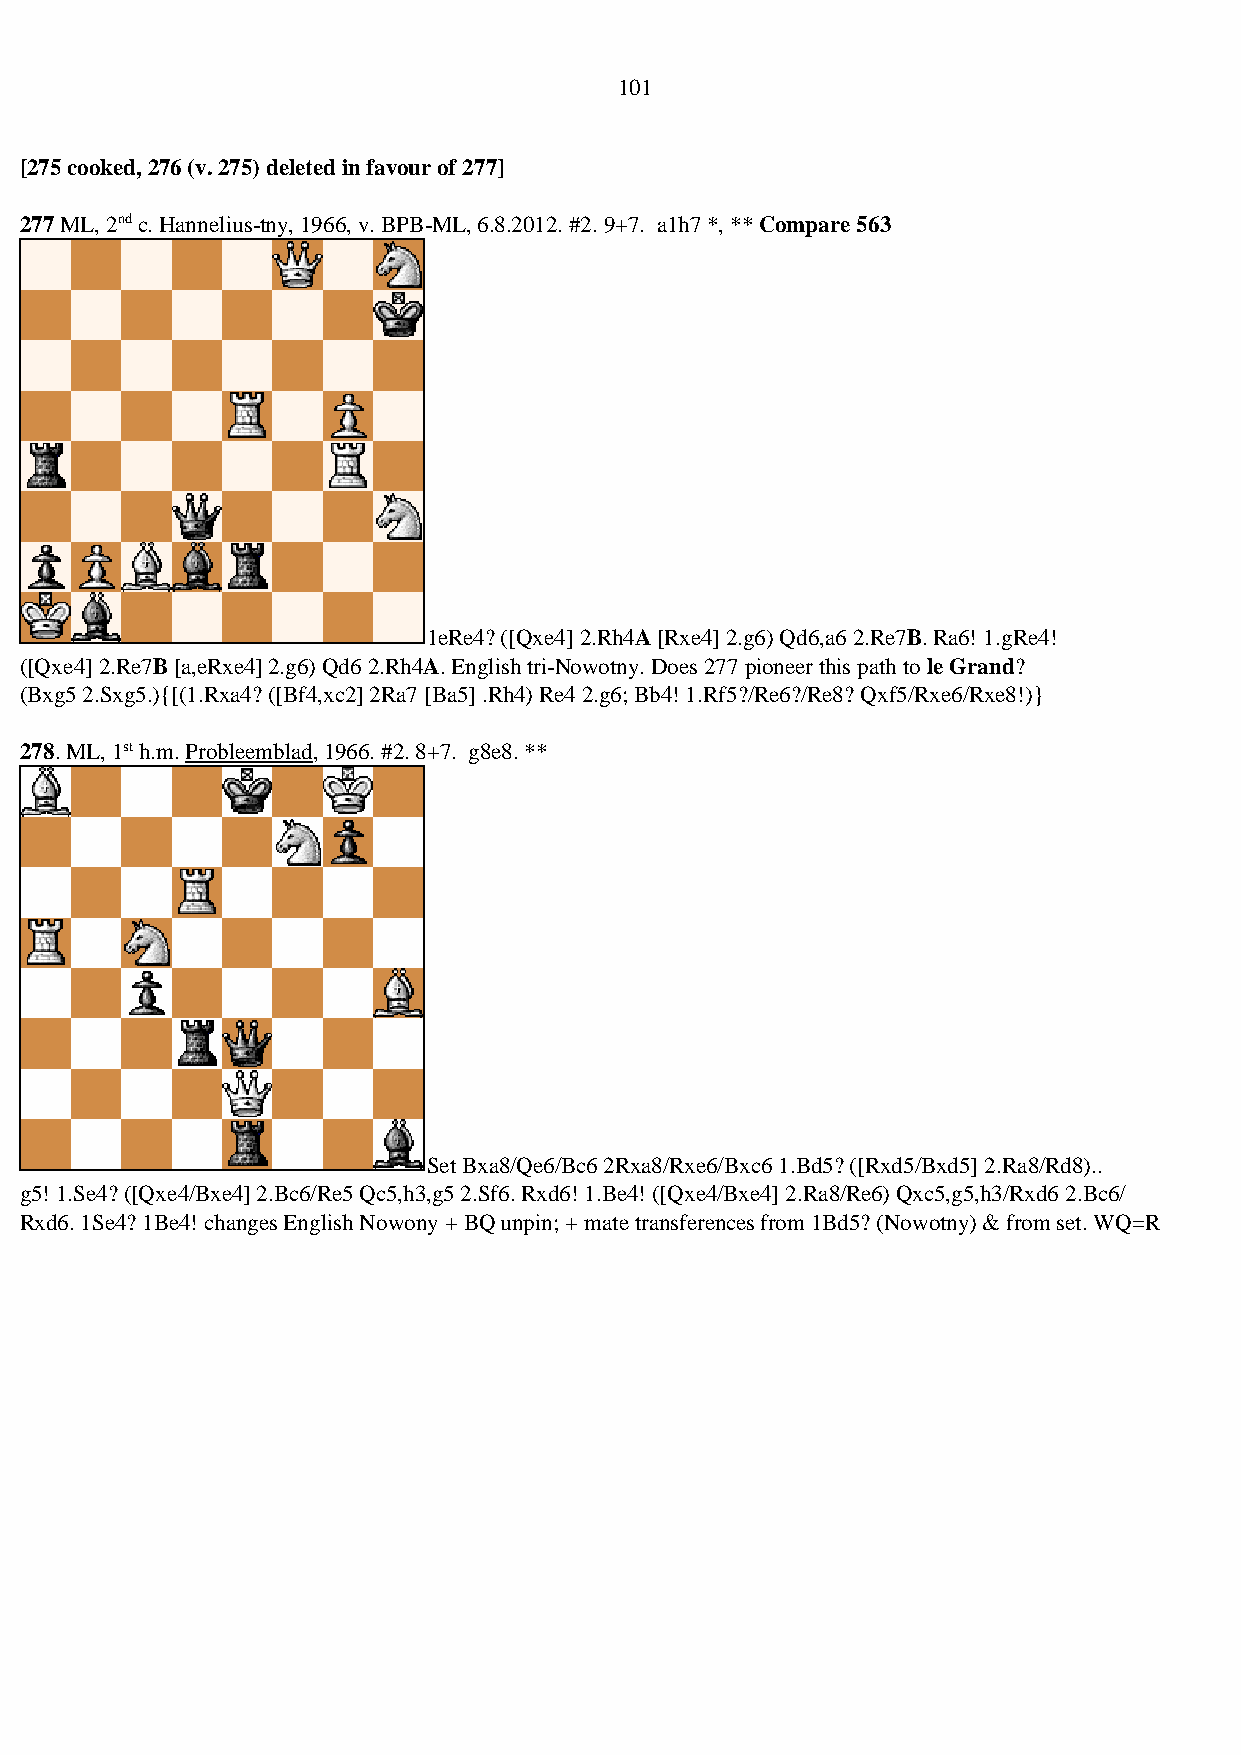
101
 [275 cooked, 276 (v. 275) deleted in favour of 277]
 277 ML, 2nd c. Hannelius-tny, 1966, v. BPB-ML, 6.8.2012. #2. 9+7. a1h7 *, ** Compare 563
 1eRe4? ([Qxe4] 2.Rh4A [Rxe4] 2.g6) Qd6,a6 2.Re7B. Ra6! 1.gRe4!
 ([Qxe4] 2.Re7B [a,eRxe4] 2.g6) Qd6 2.Rh4A. English tri-Nowotny. Does 277 pioneer this path to le Grand?
 (Bxg5 2.Sxg5.){[(1.Rxa4? ([Bf4,xc2] 2Ra7 [Ba5] .Rh4) Re4 2.g6; Bb4! 1.Rf5?/Re6?/Re8? Qxf5/Rxe6/Rxe8!)}
 278. ML, 1st h.m. Probleemblad, 1966. #2. 8+7. g8e8. **
 Set Bxa8/Qe6/Bc6 2Rxa8/Rxe6/Bxc6 1.Bd5? ([Rxd5/Bxd5] 2.Ra8/Rd8)..
 g5! 1.Se4? ([Qxe4/Bxe4] 2.Bc6/Re5 Qc5,h3,g5 2.Sf6. Rxd6! 1.Be4! ([Qxe4/Bxe4] 2.Ra8/Re6) Qxc5,g5,h3/Rxd6 2.Bc6/
 Rxd6. 1Se4? 1Be4! changes English Nowony + BQ unpin; + mate transferences from 1Bd5? (Nowotny) & from set. WQ=R